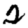
Digit: 2